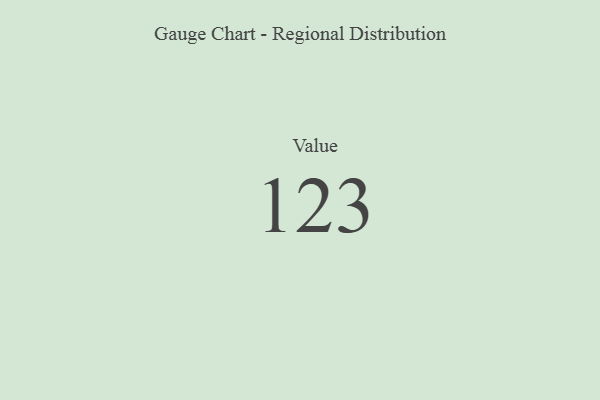
{"axis": {"x": "Metric", "y": "Value"}, "legend": [""], "data": [{"x": "Value", "y": 123, "type": ""}]}